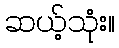
ဆယ့်သုံး။